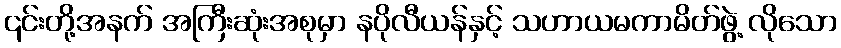
၎င်းတို့အနက် အကြီးဆုံးအစုမှာ နပိုလီယန်နှင့် သဟာယမကာမိတ်ဖွဲ့ လိုသော